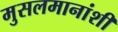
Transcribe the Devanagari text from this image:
मुसलमानांशी